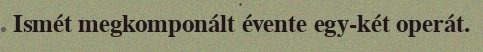
Ismét megkomponált évente egy-két operát.